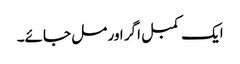
ایک کمبل اگر اور مل جائے۔